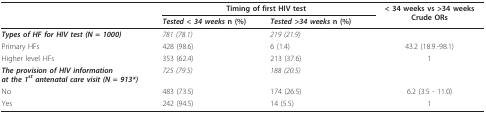
<table><thead><tr><td></td><td colspan="2"><b>Timing of first HIV test</b></td><td><b>&lt; 34 weeks vs &gt;34 weeksCrude ORs</b></td></tr><tr><td></td><td><b><i>Tested &lt; 34 weeks </i>n (%)</b></td><td><b><i>Tested &gt;34 weeks </i>n (%)</b></td><td></td></tr></thead><tbody><tr><td><b><i>Types of HF for HIV test (N = 1000)</i></b></td><td><i>781 (78.1)</i></td><td><i>219 (21.9)</i></td><td></td></tr><tr><td>Primary HFs</td><td>428 (98.6)</td><td>6 (1.4)</td><td>43.2 (18.9.-98.1)</td></tr><tr><td>Higher level HFs</td><td>353 (62.4)</td><td>213 (37.6)</td><td>1</td></tr><tr><td><b><i>The provision of HIV information</i></b><b><i>at the 1<sup>st </sup>antenatal care visit (N = 913*)</i></b></td><td><i>725 (79.5)</i></td><td><i>188 (20.5)</i></td><td></td></tr><tr><td>No</td><td>483 (73.5)</td><td>174 (26.5)</td><td>6.2 (3.5 - 11.0)</td></tr><tr><td>Yes</td><td>242 (94.5)</td><td>14 (5.5)</td><td>1</td></tr></tbody></table>